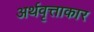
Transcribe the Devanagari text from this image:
अर्थवृत्ताकार